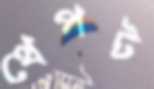
থেপট